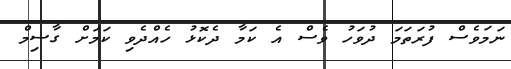
ނަމަވެސް ފުރަތަމަ ދުވަހު ވެސް އެ ކަމާ ދެކޮޅު ހެއްދެވި ކަމަށް ގާސިމް